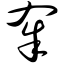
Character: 籴